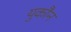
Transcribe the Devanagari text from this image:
युकौन